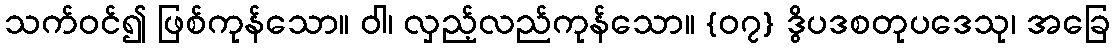
သက်ဝင်၍ ဖြစ်ကုန်သော။ ဝါ၊ လှည့်လည်ကုန်သော။ {၀၇} ဒွိပဒစတုပဒေသု၊ အခြေ